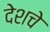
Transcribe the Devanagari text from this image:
देशचे